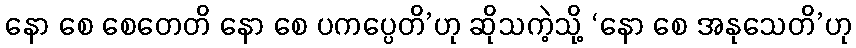
နော စေ စေတေတိ နော စေ ပကပ္ပေတိ’ဟု ဆိုသကဲ့သို့ ‘နော စေ အနုသေတိ’ဟု